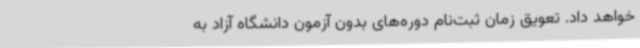
خواهد داد. تعویق زمان ثبت‌نام دوره‌های بدون آزمون دانشگاه آزاد به